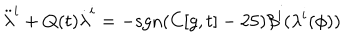
LaTeX: { \ddot { \lambda } } ^ { i } + Q ( t ) { \dot { \lambda } } ^ { i } = - \mathrm { s g n } ( C [ g , t ] - 2 5 ) \beta ^ { i } ( \lambda ^ { i } ( \phi ) )